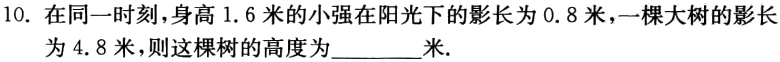
10. 在同一时刻，身高\(1.6\)米的小强在阳光下的影长为\(0.8\)米，一棵大树的影长为\(4.8\)米，则这棵树的高度为________米.